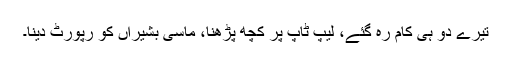
تیرے دو ہی کام رہ گئے، لیپ ٹاپ پر کچھ پڑھنا، ماسی بشیراں کو رپورٹ دینا۔